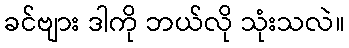
ခင်ဗျား ဒါကို ဘယ်လို သုံးသလဲ။